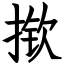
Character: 揿